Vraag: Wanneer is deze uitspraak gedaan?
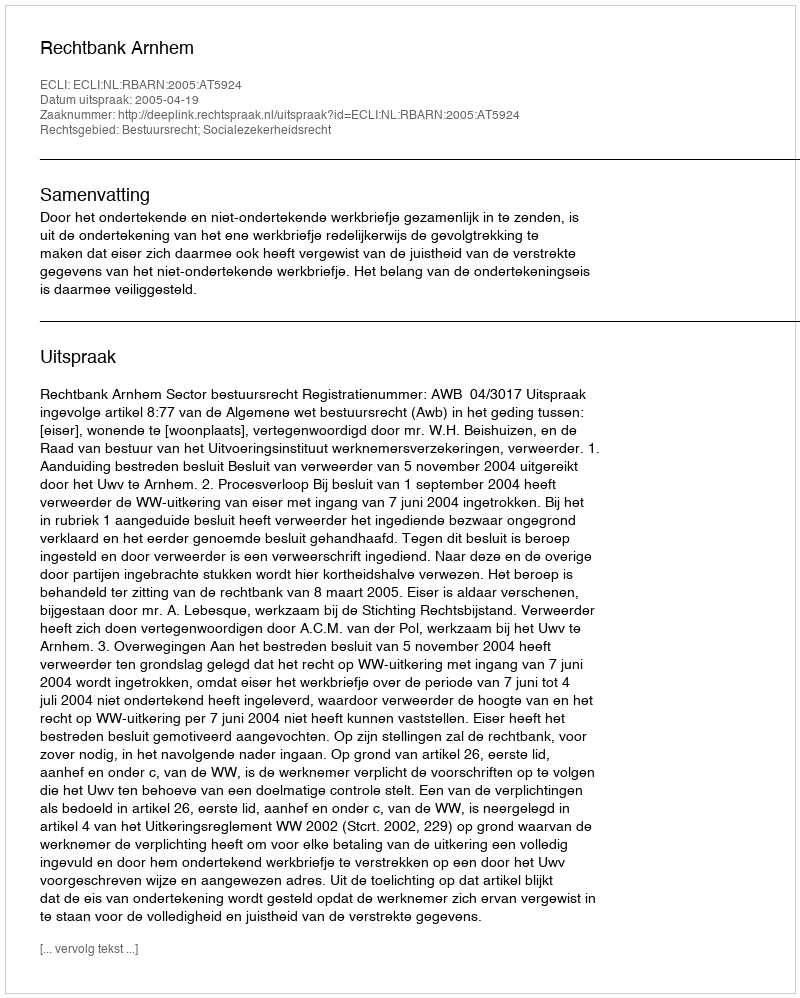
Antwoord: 2005-04-19